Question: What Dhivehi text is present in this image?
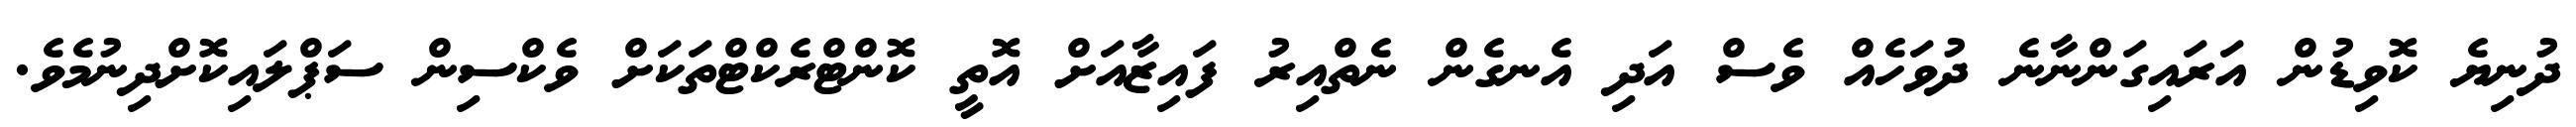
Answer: ދުނިޔެ ކޮވިޑުން އަރައިގަންނާނެ ދުވަހެއް ވެސް އަދި އެނގެން ނެތްއިރު ފައިޒާއަށް އޮތީ ކޮންޓްރެކްޓްތަކަށް ވެކްސިން ސަޕްލައިކޮށްދިނުމެވެ.